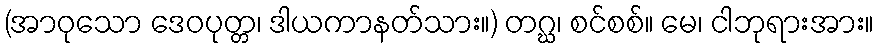
(အာဝုသော ဒေဝပုတ္တ၊ ဒါယကာနတ်သား။) တဂ္ဃ၊ စင်စစ်။ မေ၊ ငါဘုရားအား။